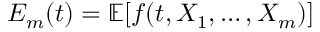
E _ { m } ( t ) = \mathbb { E } [ f ( t , X _ { 1 } , \dots , X _ { m } ) ]